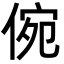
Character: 倇